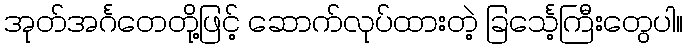
အုတ်အင်္ဂတေတို့ဖြင့် ဆောက်လုပ်ထားတဲ့ ခြင်္သေ့ကြီးတွေပါ။